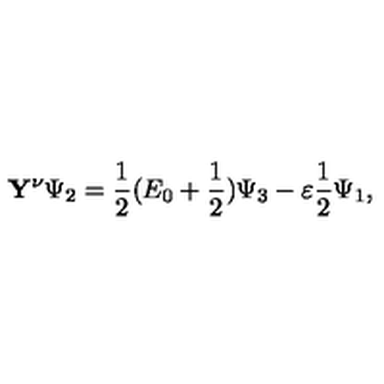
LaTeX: \mathbf { Y } ^ { \nu } \Psi _ { 2 } = \frac { 1 } { 2 } ( E _ { 0 } + \frac { 1 } { 2 } ) \Psi _ { 3 } - \varepsilon \frac { 1 } { 2 } \Psi _ { 1 } ,